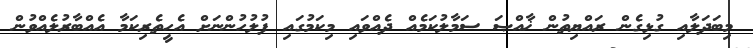
މިބަދަލާއި ގުޅިގެން ރައްޔިތުން ޚާއްޞަ ސަމާލުކަމެއް ދެއްވައި މިކަމުގައި ފުލުހުންނަށް އެހީތެރިކަމާ އެއްބާރުލެއްވުން